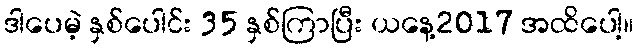
ဒါပေမဲ့ နှစ်ပေါင်း 35 နှစ်ကြာပြီး ယနေ့2017 အထိပေါ့။